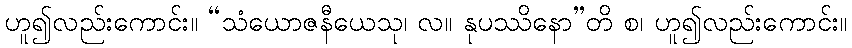
ဟူ၍လည်းကောင်း။ “သံယောဇနီယေသု၊ လ။ နုပဿိနော”တိ စ၊ ဟူ၍လည်းကောင်း။